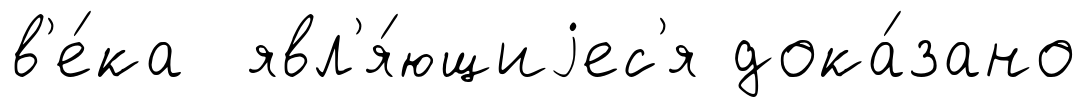
в'е́ка явл'я́ющиjес'я дока́зано